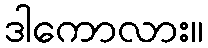
ဒါကောလား။